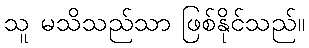
သူ မသိသည်သာ ဖြစ်နိုင်သည်။